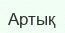
Артық